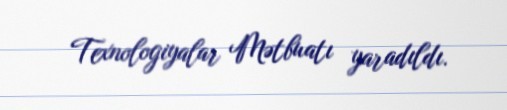
Texnologiyalar Mətbuatı yaradıldı.